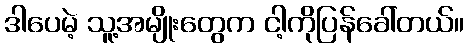
ဒါပေမဲ့ သူ့အမျိုးတွေက ငါ့ကိုပြန်ခေါ်တယ်။